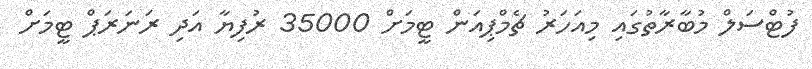
ފުޓްސަލް މުބާރާތުގައި މިއަހަރު ޗެމްޕިއަން ޓީމަށް 35000 ރުފިޔާ އަދި ރަނަރަޕް ޓީމަށް